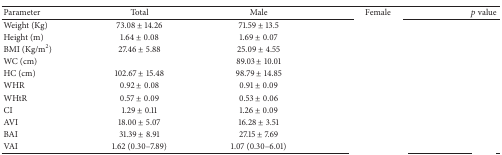
<table><thead><tr><td><b>Parameter</b></td><td><b>Total</b></td><td><b>Male</b></td><td><b>Female</b></td><td><b><i>p</i> value</b></td></tr></thead><tbody><tr><td>Weight (Kg)</td><td>73.08 ± 14.26</td><td>71.59 ± 13.5</td><td>[EMPTY_CELL]</td><td>[EMPTY_CELL]</td></tr><tr><td>Height (m)</td><td>1.64 ± 0.08</td><td>1.69 ± 0.07</td><td>[EMPTY_CELL]</td><td>[EMPTY_CELL]</td></tr><tr><td>BMI (Kg/m<sup>2</sup>)</td><td>27.46 ± 5.88</td><td>25.09 ± 4.55</td><td>[EMPTY_CELL]</td><td>[EMPTY_CELL]</td></tr><tr><td>WC (cm)</td><td>[EMPTY_CELL]</td><td>89.03 ± 10.01</td><td>[EMPTY_CELL]</td><td>[EMPTY_CELL]</td></tr><tr><td>HC (cm)</td><td>102.67 ± 15.48</td><td>98.79 ± 14.85</td><td>[EMPTY_CELL]</td><td>[EMPTY_CELL]</td></tr><tr><td>WHR</td><td>0.92 ± 0.08</td><td>0.91 ± 0.09</td><td>[EMPTY_CELL]</td><td>[EMPTY_CELL]</td></tr><tr><td>WHtR</td><td>0.57 ± 0.09</td><td>0.53 ± 0.06</td><td>[EMPTY_CELL]</td><td>[EMPTY_CELL]</td></tr><tr><td>CI</td><td>1.29 ± 0.11</td><td>1.26 ± 0.09</td><td>[EMPTY_CELL]</td><td>[EMPTY_CELL]</td></tr><tr><td>AVI</td><td>18.00 ± 5.07</td><td>16.28 ± 3.51</td><td>[EMPTY_CELL]</td><td>[EMPTY_CELL]</td></tr><tr><td>BAI</td><td>31.39 ± 8.91</td><td>27.15 ± 7.69</td><td>[EMPTY_CELL]</td><td>[EMPTY_CELL]</td></tr><tr><td>VAI</td><td>1.62 (0.30–7.89)</td><td>1.07 (0.30–6.01)</td><td>[EMPTY_CELL]</td><td>[EMPTY_CELL]</td></tr></tbody></table>